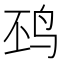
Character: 𱉖